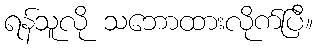
ရန်သူလို သဘောထားလိုက်ပြီ။